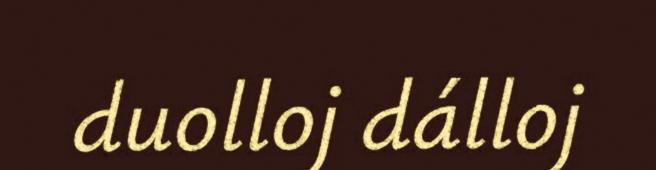
duolloj dálloj